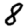
Digit: 8